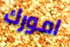
امورك